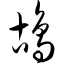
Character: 鸪